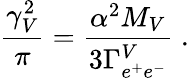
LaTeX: {\frac{\gamma_{V}^{2}}{\pi}}={\frac{\alpha^{2}M_{V}}{3\Gamma_{e^{+}e^{-}}^{V}}}\; .